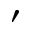
'